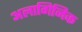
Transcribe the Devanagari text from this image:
अलागिनिक